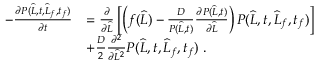
\begin{array} { r l } { - \frac { \partial P ( \widehat { L } , t , \widehat { L } _ { f } , t _ { f } ) } { \partial t } } & { = \frac { \partial } { \partial \widehat { L } } \left[ \left( f ( \widehat { L } ) - \frac { D } { P ( \widehat { L } , t ) } \frac { \partial P ( \widehat { L } , t ) } { \partial \widehat { L } } \right) P ( \widehat { L } , t , \widehat { L } _ { f } , t _ { f } ) \right] } \\ & { + \frac { D } { 2 } \frac { \partial ^ { 2 } } { \partial \widehat { L } ^ { 2 } } P ( \widehat { L } , t , \widehat { L } _ { f } , t _ { f } ) \ . } \end{array}